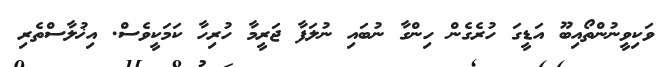
ވަކިވީނުންތޯއިބޫ އަޑީގަ ހުރެގެން ހިންގާ ނުބައި ނުލަފާ ޖަރީމާ ހުރިހާ ކަމަކީވެސް. އިޚުލާސްތެރި